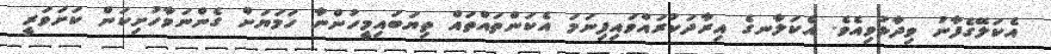
އެކަލޭގެފާނު ވިދާޅުވިއެވެ. އެކަލާނގެ އިރާދަކުރައްވައިފިނަމަ އެކަންތައްތައް ތިޔަބައިމީހުންނާ ހަމަޔަށް ގެންނަވާހުށިކަން ކަށަވަރީ